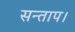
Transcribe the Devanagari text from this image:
सन्‍ताप।